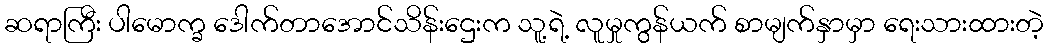
ဆရာကြီး ပါမောက္ခ ဒေါက်တာအောင်သိန်းဌေးက သူ့ရဲ့ လူမှုကွန်ယက် စာမျက်နှာမှာ ရေးသားထားတဲ့